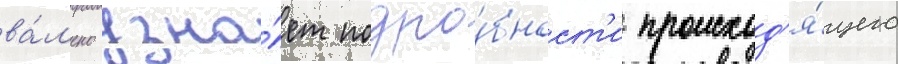
ва́л'ено узна́ет подро́бност'и происход'я́щего